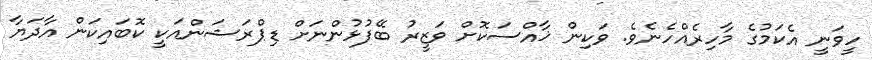
ހީވަނީ އެކަމުގެ މާހިރެއްހެނެވެ. ވަކިން ޚާއްސަކޮށް ވަޒީރު ބޭފުޅުންނަށް ޑިޕްރަޝަންއަކީ ކޮބައިކަން އާދަޔާ